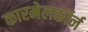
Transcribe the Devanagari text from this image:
कारमेलकॉर्न